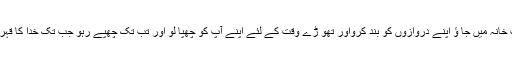
تم اپنے خلوت خانہ میں جا ؤ اپنے دروازوں کو بند کرواور تھو ڑے وقت کے لئے اپنے آپ کو چھپا لو اور تب تک چھپے رہو جب تک خدا کا قہر ٹل نہیں جاتا۔